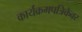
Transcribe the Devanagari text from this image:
कार्यक्रमपत्रिकेवर